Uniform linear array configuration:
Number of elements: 8
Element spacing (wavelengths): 1
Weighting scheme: cosine
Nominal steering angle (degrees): -30
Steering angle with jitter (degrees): -31.094
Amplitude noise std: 0.05
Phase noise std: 0.05

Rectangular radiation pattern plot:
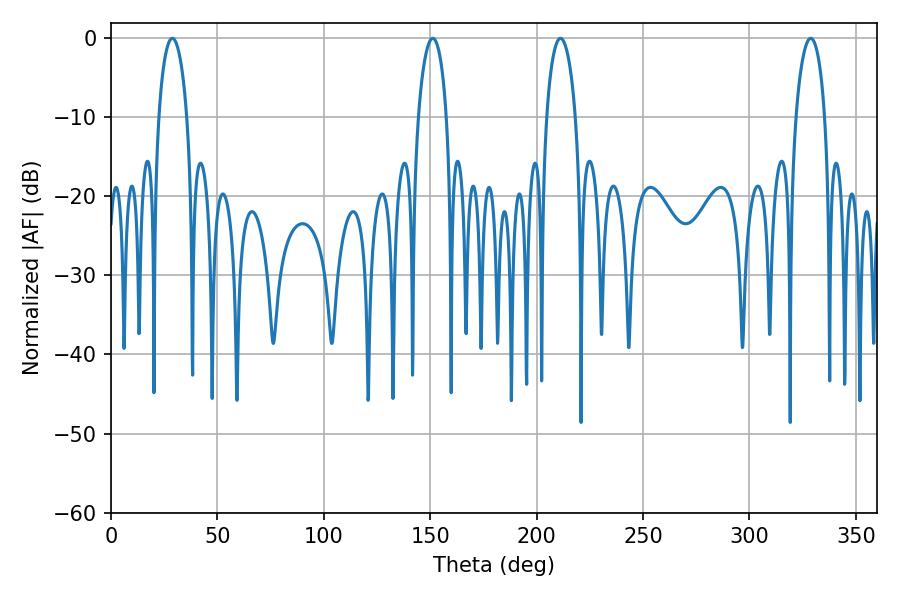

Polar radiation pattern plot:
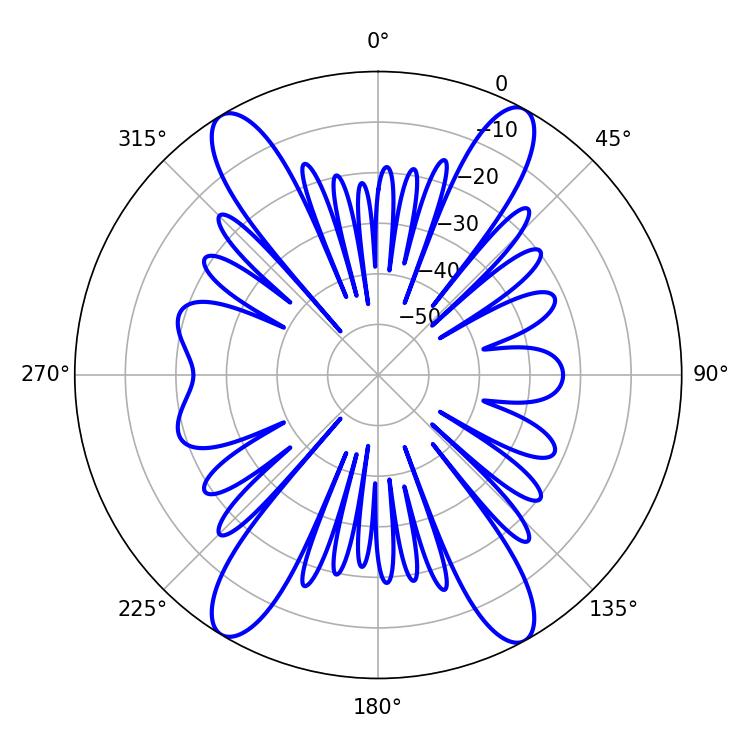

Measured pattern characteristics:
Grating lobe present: TRUE
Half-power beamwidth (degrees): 7.74
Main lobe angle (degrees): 151.2